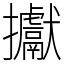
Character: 㩵